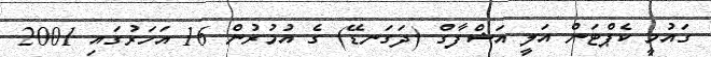
ގައުމީ ކެޕްޓަން އަލީ އަޝްފާގް (ދަގަނޑޭ) ގެ އުމުރުން 16 އަހަރުގައި 2001